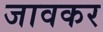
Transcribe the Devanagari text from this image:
जावकर